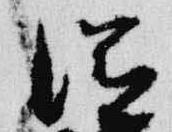
滋